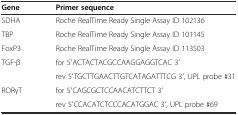
<table><thead><tr><td><b>Gene</b></td><td><b>Primer sequence</b></td></tr></thead><tbody><tr><td>SDHA</td><td>Roche RealTime Ready Single Assay ID 102136</td></tr><tr><td>TBP</td><td>Roche RealTime Ready Single Assay ID 101145</td></tr><tr><td>FoxP3</td><td>Roche RealTime Ready Single Assay ID 113503</td></tr><tr><td>TGF-β</td><td>for 5′ACTACTACGCCAAGGAGGTCAC 3′</td></tr><tr><td></td><td>rev 5′TGCTTGAACTTGTCATAGATTTCG 3′, UPL probe #31</td></tr><tr><td>RORγT</td><td>for 5′CAGCGCTCCAACATCTTCT 3′</td></tr><tr><td></td><td>rev 5′CCACATCTCCCACATGGAC 3′, UPL probe #69</td></tr></tbody></table>